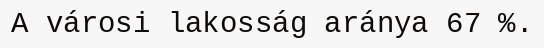
A városi lakosság aránya 67 %.